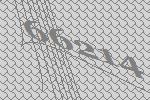
66214